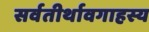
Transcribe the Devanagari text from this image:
सर्वतीर्थावगाहस्य